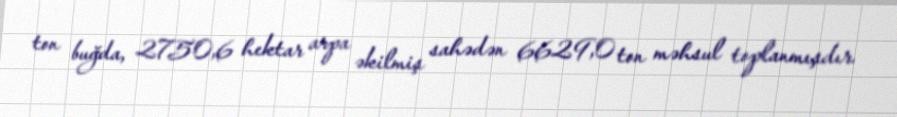
ton buğda, 2750,6 hektar arpa əkilmiş sahədən 6629,0 ton məhsul toplanmışdır.